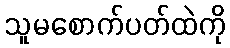
သူမစောက်ပတ်ထဲကို